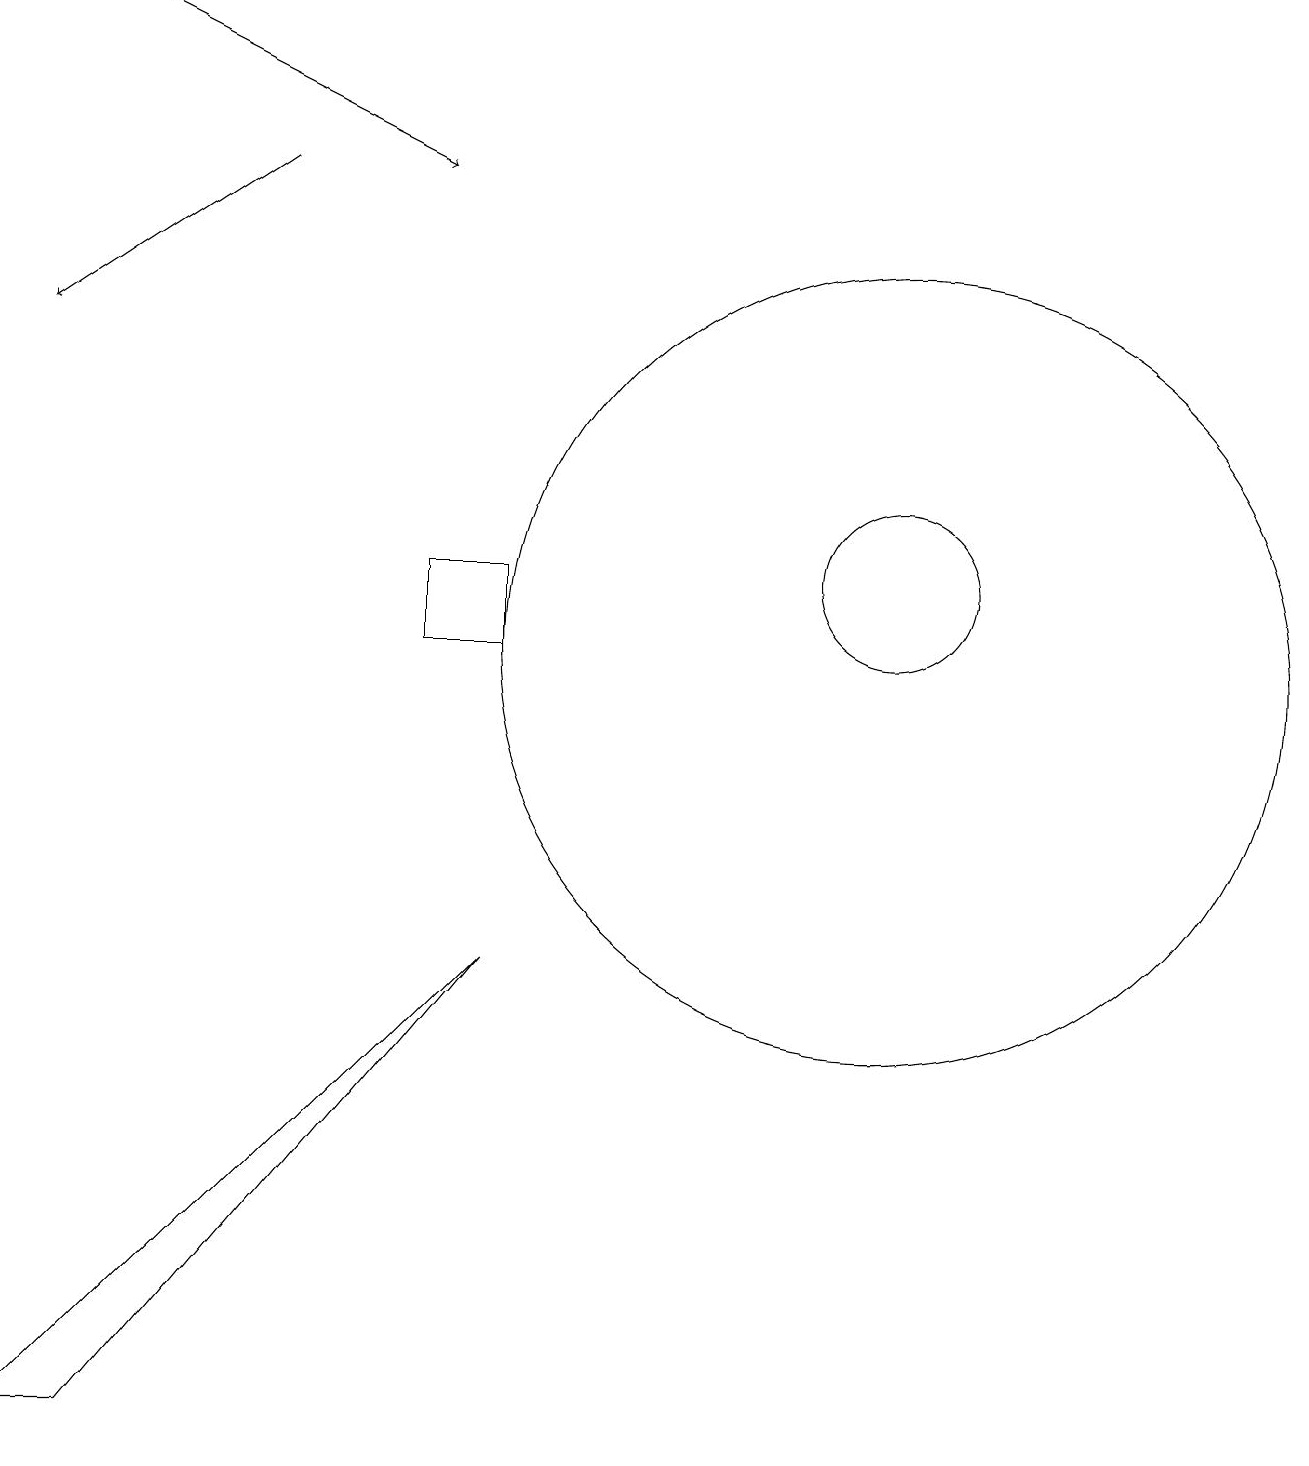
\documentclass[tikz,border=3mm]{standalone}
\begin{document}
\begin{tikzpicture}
\draw[->] (1,19) -- (5,17);
\draw (6,11) rectangle (5,12);
\draw (11,12) circle (1);
\draw (0,1) -- (1,1) -- (6,7) -- cycle;
\draw (11,11) circle (5);
\draw[->] (3,17) -- (0,15);
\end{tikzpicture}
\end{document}